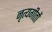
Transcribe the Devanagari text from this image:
नृत्यगीतों